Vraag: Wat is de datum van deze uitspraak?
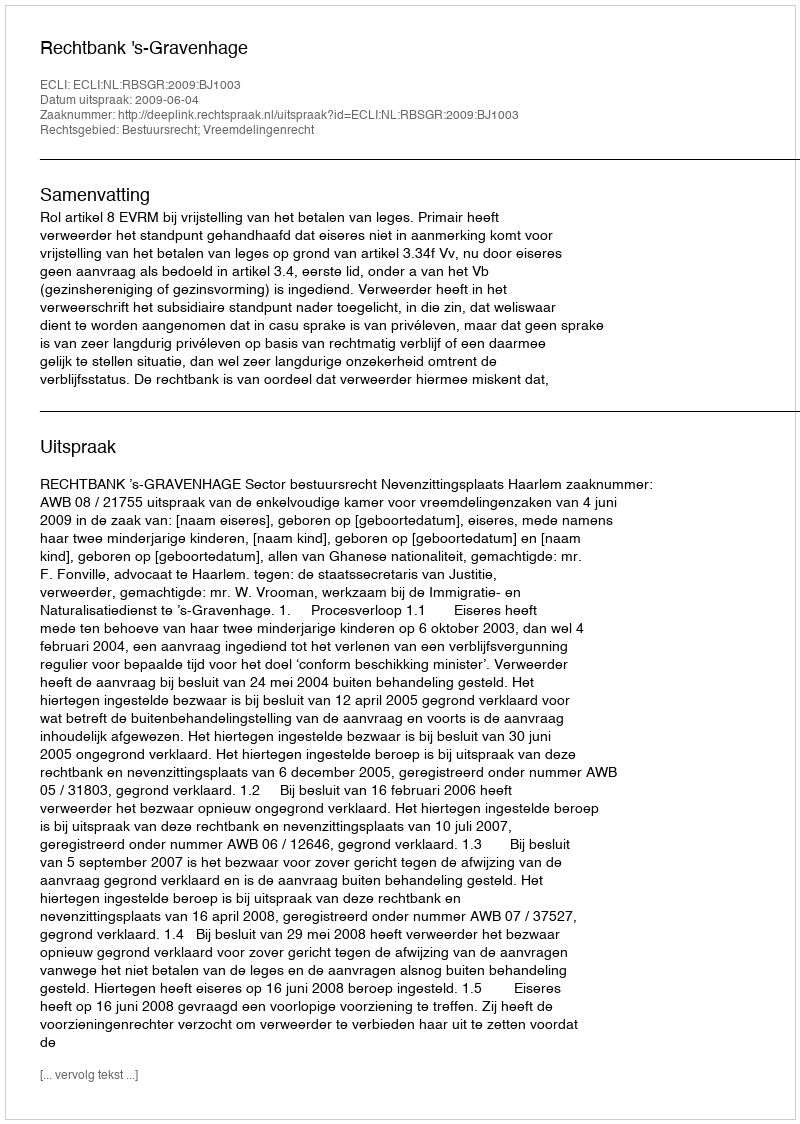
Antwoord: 2009-06-04